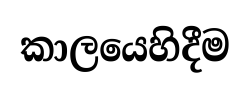
කාලයෙහිදීම